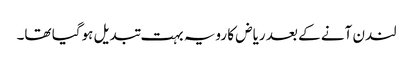
لندن آنے کے بعد ریاض کا رویہ بہت تبدیل ہوگیا تھا۔